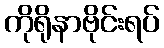
ကိုရိုနာဗိုင်းရပ်